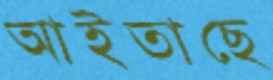
আইতাছে